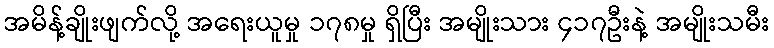
အမိန့်ချိုးဖျက်လို့ အရေးယူမှု ၁၇၈မှု ရှိပြီး အမျိုးသား ၄၁၇ဦးနဲ့ အမျိုးသမီး